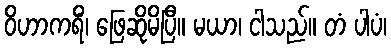
ဝိဟာကရိံ၊ ဖြေဆိုမိပြီ။ မယာ၊ ငါသည်။ တံ ပါပံ၊